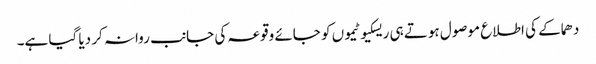
دھماکے کی اطلاع موصول ہوتے ہی ریسکیو ٹیموں کو جائے وقوعہ کی جانب روانہ کر دیا گیا ہے۔